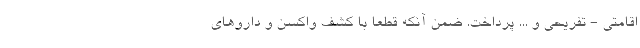
اقامتی - تفریحی و ... پرداخت. ضمن آنکه قطعا با کشف واکسن و داروهای